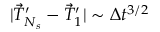
| \vec { T } _ { N _ { s } } ^ { \prime } - \vec { T } _ { 1 } ^ { \prime } | \sim { \Delta t ^ { 3 / 2 } }